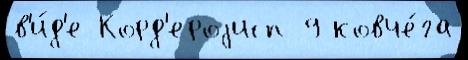
в'и́д'е Корд'ероjисп 9 ковче́га